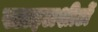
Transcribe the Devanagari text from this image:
स्टाइलशीटों